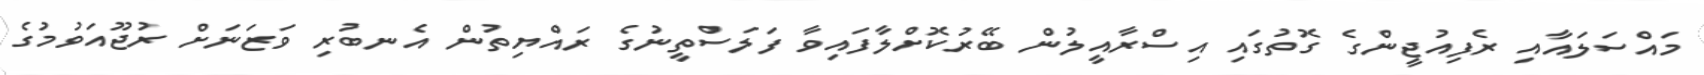
މައްސަލައާއި ރެފިއުޖީންގެ ގޮތުގައި އިސްރާއީލުން ބޭރުކޮށްލާފައިވާ ފަލަސްތީނުގެ ރައްޔިތުން އެނބުރި ވަޒަނަށް ރުޖޫއަވުމުގެ